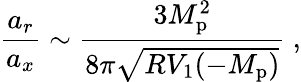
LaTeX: \frac{a_{r}}{a_{x}}\sim\frac{3M_{\mathrm{p}}^{2}}{8\pi\sqrt{RV_{1}(-M_{\mathrm{p}})}}\ ,